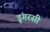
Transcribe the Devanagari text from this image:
डूंगरसी